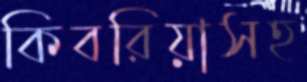
কিবরিয়াসহ